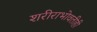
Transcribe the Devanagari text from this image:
शरीराभोवतीही